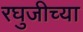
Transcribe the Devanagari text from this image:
रघुजीच्या